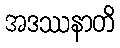
အဒဿနာတိ